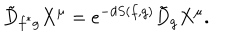
\tilde { D } _ { f ^ { \ast } g } X ^ { \mu } = e ^ { - d S ( f , g ) } \tilde { D } _ { g } X ^ { \mu } .